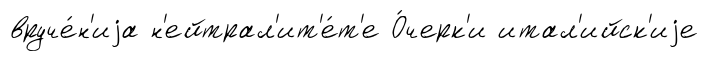
вруче́н'иjа н'ейтрал'ит'е́т'е О́черк'и итал'ийск'иjе